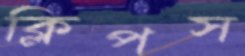
ক্লিপস